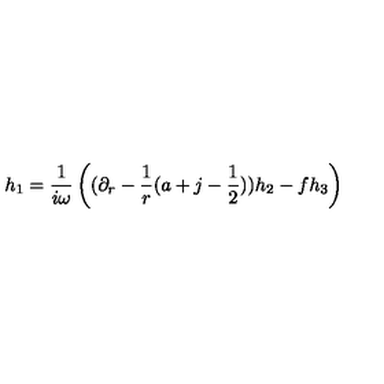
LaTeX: h _ { 1 } = { \frac { 1 } { i \omega } } \left( ( \partial _ { r } - { \frac { 1 } { r } } ( a + j - { \frac { 1 } { 2 } } ) ) h _ { 2 } - f h _ { 3 } \right)